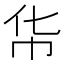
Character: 𮱳